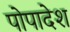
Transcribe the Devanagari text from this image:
पोपादेश